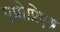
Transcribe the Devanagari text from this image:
एप्रोप्रिएश्न